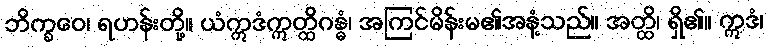
ဘိက္ခဝေ၊ ရဟန်းတို့။ ယံဣဒံဣတ္ထိဂန္ဓံ၊ အကြင်မိန်းမ၏အနံ့သည်။ အတ္ထိ၊ ရှိ၏။ ဣဒံ၊